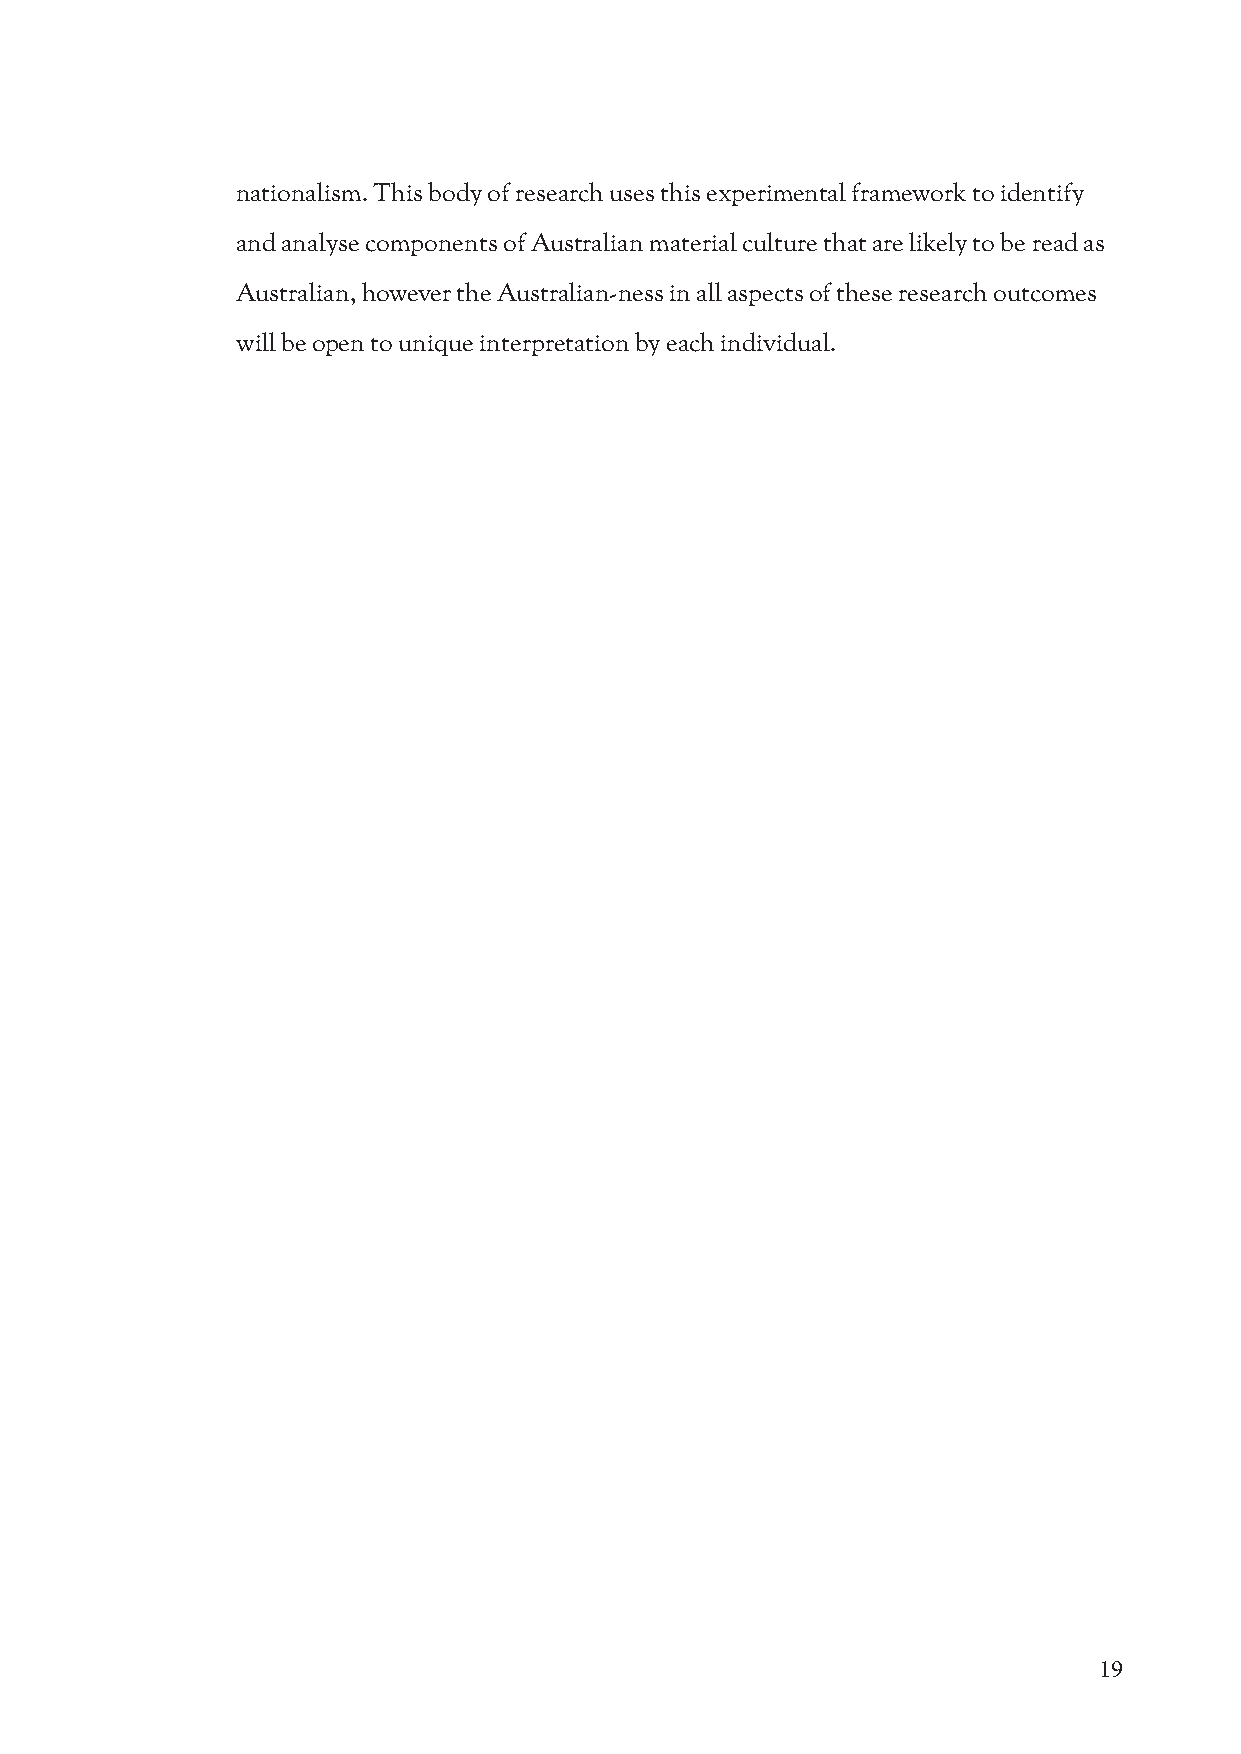
nationalism. This body of research uses this experimental framework to identify
 and analyse components of Australian material culture that are likely to be read as
 Australian, however the Australian-ness in all aspects of these research outcomes
 will be open to unique interpretation by each individual.
 19